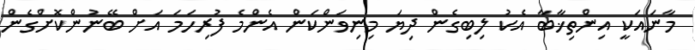
މާނައަކީ އިންތިޚާބާ އެކު ލިބިގެން ދިޔަ މިނިވަންކަން އެންމެ ފުރިހަމަ އަށް ބޭނުންކޮށްގެން